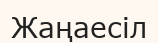
Жаңаесіл